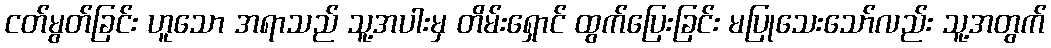
ငတ်မွတ်ခြင်း ဟူသော အရာသည် သူ့အပါးမှ တိမ်းရှောင် ထွက်ပြေးခြင်း မပြုသေးသော်လည်း သူ့အတွက်